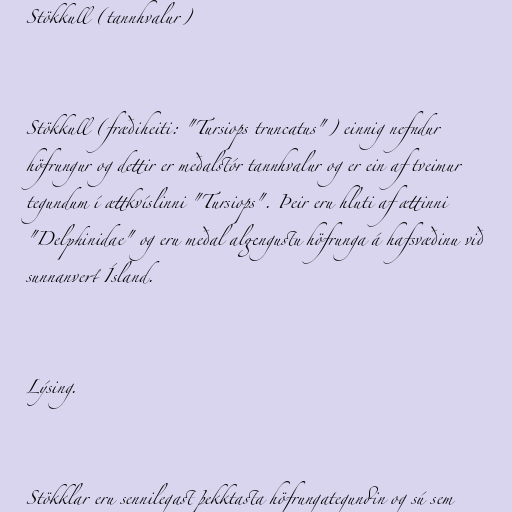
Stökkull (tannhvalur)

Stökkull (fræðiheiti: "Tursiops truncatus") einnig nefndur
höfrungur og dettir er meðalstór tannhvalur og er ein af tveimur
tegundum í ættkvíslinni "Tursiops". Þeir eru hluti af ættinni
"Delphinidae" og eru meðal algengustu höfrunga á hafsvæðinu við
sunnanvert Ísland.

Lýsing.

Stökklar eru sennilegast þekktasta höfrungategundin og sú sem